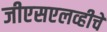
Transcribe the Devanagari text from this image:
जीएसएलव्हीचे